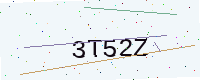
Text: 3T52Z